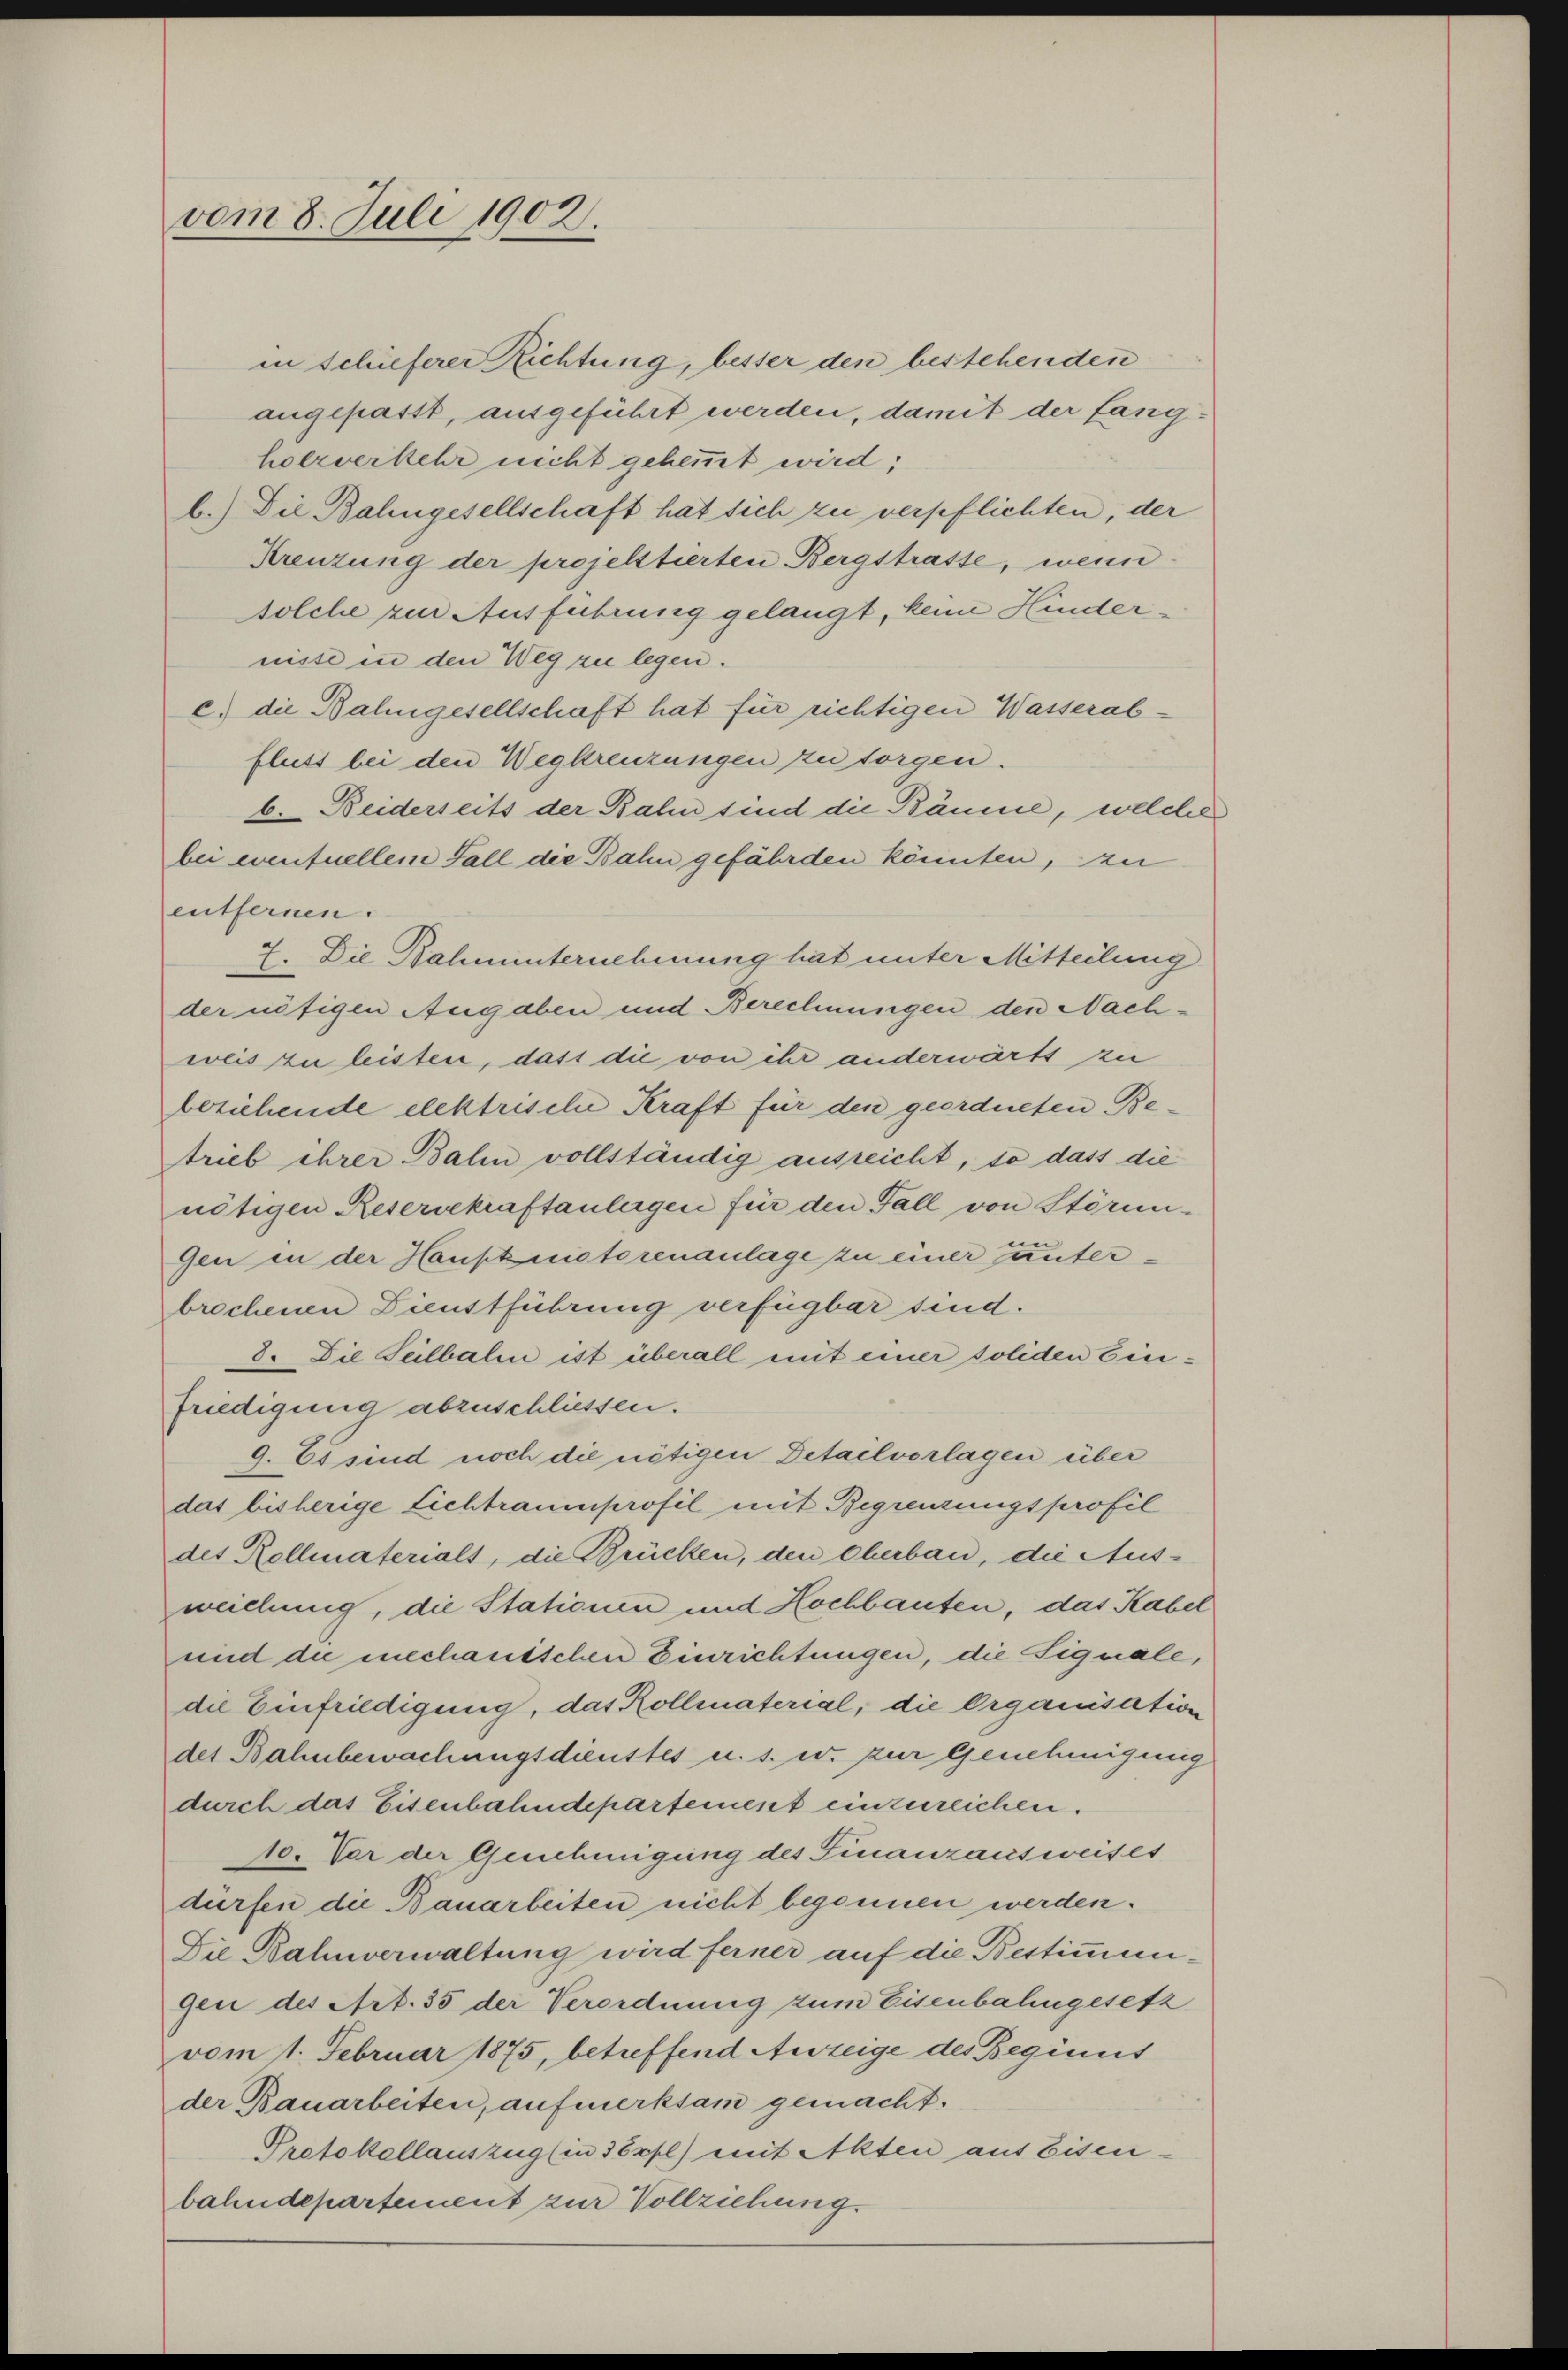
vom 8. Juli 1902.

c) die Balingesellschaft hat für richtigen Wasserab-
fluss bei den Wegkreuzungen zu sorgen.
b. Beiderseits der Bahn sind die Bäume, welche
bei eventuellem Fall die Bahn gefährden könnten, zu
entfernen.
7. Die Bahnunternehmung hat unter Mitteilung
der nötigen Angaben und Berechnungen den Nachweis zu leisten, dass die von ihr anderwärts zu
beziehende elektrische Kraft für den geordneten Betrieb ihrer Balin vollständig auszeicht, so dass die
nötigen Reservekraftanlagen für den Fall von Störun-
Gen in der Hauptnictorenanlage zu einer unterbrochenen Dienstführung verfügbar sind.
8. Die Seilbalen ist überall mit einer soliden Einfriedigung abzuschliessen.
9. Es sind noch die nötigen Detailvorlagen über
das bisherige Lichtraumprofil mit Begrenzungsprofil
des Rollmaterials, die Brücken, den Cherbau, die Ausweichung, die Stationen und Hochbauten, das Kabel
und die mechanischen Einrichtungen, die Signale,
die Einfriedigung, das Kollmaterial, die Organisation
des Bahnbewachungsdienstes u. s. w. zur Genehmigung
durch das Eisenbahndepartement einzureichen.
10. Vor der Genehmigung des Finanzausweises
dürfen die Bauarbeiten nicht begonnen werden.
Die Bahnverwaltung wird ferner auf die Bestimmungen des Art. 35 der Verordnung zum Eisenbahngesetz
vom 1. Februar 1875, betreffend Anzeige des Beginns
der Bauarbeiten, aufmerksam gemacht.
Protokollauszug (in Töppl) mit Akten aus Eisen-
bahndepartement zur Vollziehung.

in schieferer Richtung, besser den bestehenden
angepasst, ausgeführt werden, damit der fangholzverkehr nicht gehemmt wird;
b.) Die Bahngesellschaft hat sich zu verpflichten, der
Kreuzung der projektierten Bergstrasse, wenn
solche zur Ausführung gelangt, keine Hindernisse in den Weg zu legen.

f